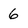
Character: 6